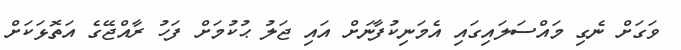
ވަގަށް ނެގި މައްސަލައިގައި އެމަނިކުފާނަށް އައި ޖަލު ޙުކުމަށް ފަހު ރާއްޖޭގެ އަތޮޅަކަށް